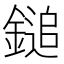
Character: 鎚